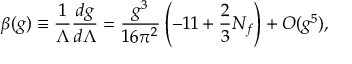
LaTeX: \beta ( g ) \equiv { \frac { 1 } { \Lambda } } { \frac { d g } { d \Lambda } } = { \frac { g ^ { 3 } } { 1 6 \pi ^ { 2 } } } \left( - 1 1 + { \frac { 2 } { 3 } } N _ { f } \right) + O ( g ^ { 5 } ) ,